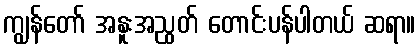
ကျွန်တော် အနူးအညွတ် တောင်းပန်ပါတယ် ဆရာ။